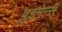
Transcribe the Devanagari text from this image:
वुइमेन्स